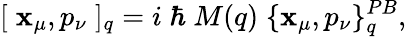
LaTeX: [\; \mathbf{x}_{\mu},p_{\nu}\; ]_{q}=i\; \hbar\; M(q)\; \{ \mathbf{x}_{\mu},p_{\nu}\} _{q}^{PB},